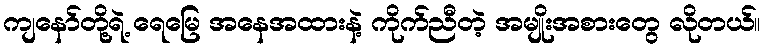
ကျနော်တို့ရဲ့ ရေမြေ အနေအထားနဲ့ ကိုက်ညီတဲ့ အမျိုးအစားတွေ လိုတယ်။